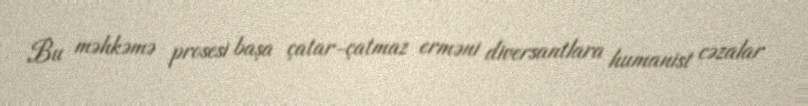
Bu məhkəmə prosesi başa çatar-çatmaz erməni diversantlara humanist cəzalar